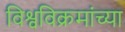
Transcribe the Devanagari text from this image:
विश्वविक्रमांच्या